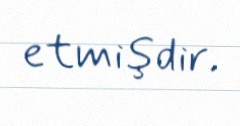
etmişdir.